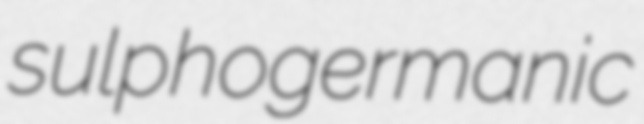
sulphogermanic